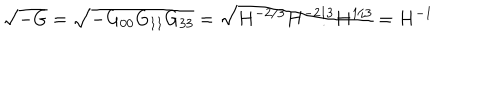
LaTeX: \sqrt { - G } = \sqrt { - G _ { 0 0 } G _ { 1 1 } G _ { 3 3 } } = \sqrt { H ^ { - 2 / 3 } H ^ { - 2 / 3 } H ^ { 1 / 3 } } = H ^ { - 1 }